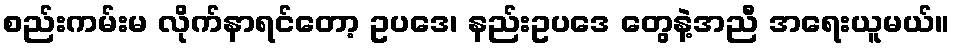
စည်းကမ်းမ လိုက်နာရင်တော့ ဥပဒေ၊ နည်းဥပဒေ တွေနဲ့အညီ အရေးယူမယ်။